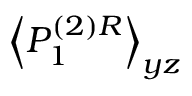
\left\langle P _ { 1 } ^ { ( 2 ) R } \right\rangle _ { y z }